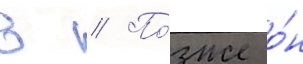
в // По́зже о́н